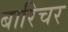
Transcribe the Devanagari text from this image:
बारिचर